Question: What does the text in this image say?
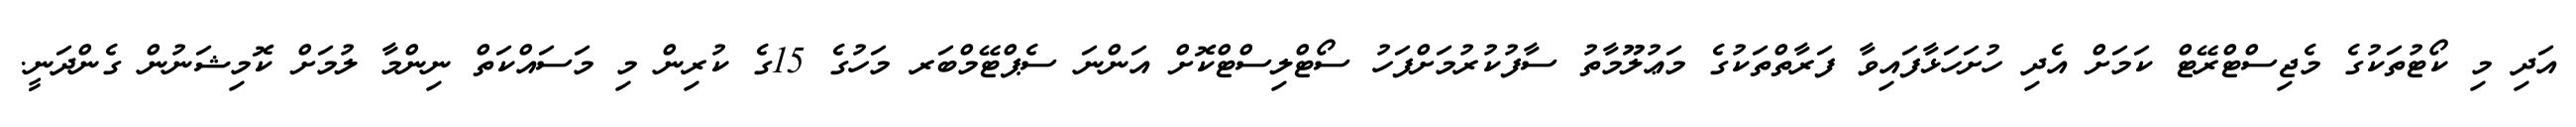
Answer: އަދި މި ކޯޓުތަކުގެ މެޖިސްޓްރޭޓް ކަމަށް އެދި ހުށަހަޅާފައިވާ ފަރާތްތަކުގެ މަޢުލޫމާތު ސާފުކުރުމަށްފަހު ސޯޓްލިސްޓްކޮށް އަންނަ ސެޕްޓޭމްބަރ މަހުގެ 15ގެ ކުރިން މި މަސައްކަތް ނިންމާ ލުމަށް ކޮމިޝަނުން ގެންދަނީ.